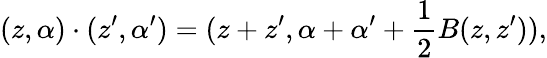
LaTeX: (z,\alpha)\cdot(z^{\prime},\alpha^{\prime})=(z+z^{\prime},\alpha+\alpha^{\prime}+\frac 12B(z,z^{\prime})),